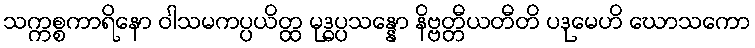
သက္ကစ္စကာရိနော ဝါသမကပ္ပယိတ္ထ မုဒ္ဓပ္ပသန္နော နိဗ္ဗတ္တီယတီတိ ပဒုမေဟိ ဃောသကော